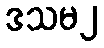
ဒသမ၂